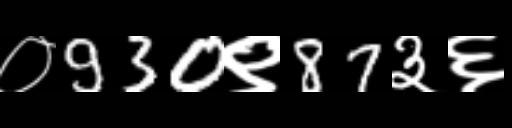
Text: ०930९87३६